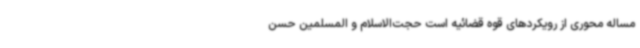
مساله محوری از رویکردهای قوه قضائیه است حجت‌الاسلام و المسلمین حسن